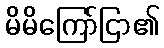
မိမိကြော်ငြာ၏